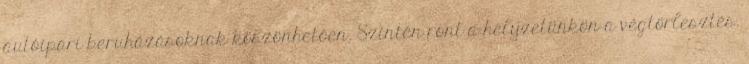
autóipari beruházásoknak köszönhetően. Szintén ront a helyzetünkön a végtörlesztés.